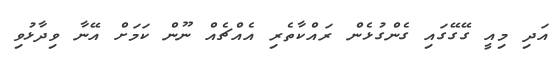
އަދި މިއީ ގޭގޭގައި ގެންގުޅެން ރައްކާތެރި އެއްޗެއް ނޫން ކަމަށް އޭނާ ވިދާޅުވި